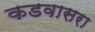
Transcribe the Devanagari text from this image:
कडवासरा